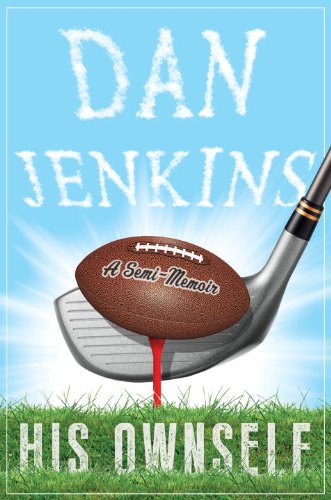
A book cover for His Ownself: A Semi-Memoir; Dan Jenkins; Biographies & Memoirs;